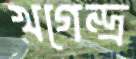
খগেন্দ্র